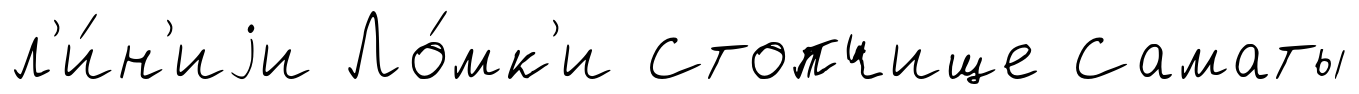
л'и́н'иjи Ло́мк'и Стопчище Саматы